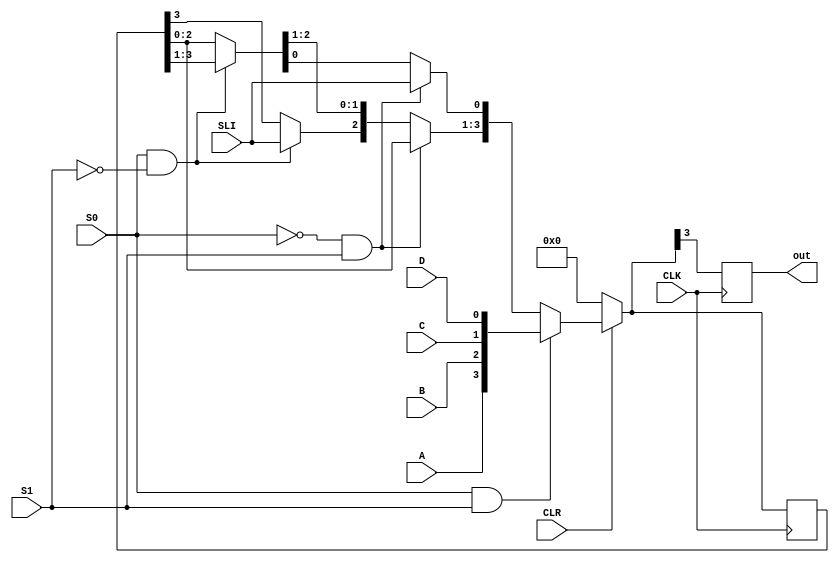
`timescale 1ns / 1ps

module x74_194(SLI , D , C , B , A , S0 , S1 , CLK , CLR , out);

input SLI,A,B,C,D,S0,S1,CLK,CLR;
output reg out;
reg[3:0] Q;

always @(posedge CLK)
	begin
		if(CLR == 1'b0)
			begin
				Q = 4'b0000;
			end
		else if (S0 == 1'b1 && S1 == 1'b1)							//Daca ambii sunt 1 se face load si daca ambii sunt 0 nu se intampla nimic
			begin
				Q = {A,B,C,D};
			end
		else if (S0 == 1'b0 && S1 == 1'b1)							//Siftare la dreapta si pe prima pozitie punem SLI
			begin
				Q = Q << 1'b1;
				Q[0] = SLI;
			end
		else if (S0 == 1'b1 && S1 == 1'b0) 							//siftare la stanga si pe ultima pozitie punem SLI
			begin 
				Q = Q >> 1'b1;
				Q[3] = SLI;
			end
		out = Q[3];
	end

endmodule